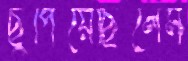
ছুপিয়েছিলেম